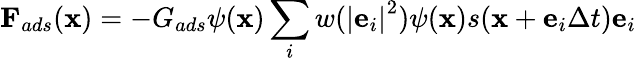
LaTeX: {{\mathbf{F}}_{ads}}({\mathbf{x}})=-{G_{ads}}\psi({\mathbf{x}})\sum_{i}{w({{\left|{{{\mathbf{e}}_{i}}}\right|}^{2}})}\psi({\mathbf{x}})s({\mathbf{x}}+{{\mathbf{e}}_{i}}\Delta t){{\mathbf{e}}_{i}}